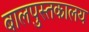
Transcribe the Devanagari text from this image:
बालपुस्तकालय